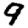
Digit: 9